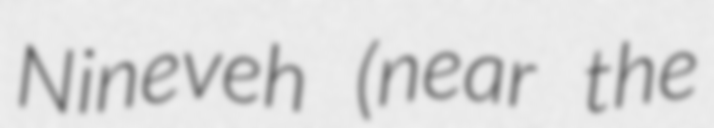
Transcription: Nineveh (near the